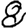
Digit: 8